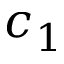
c _ { 1 }